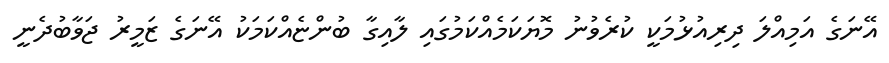
އޭނަގެ އަމިއްލަ ދިރިއުޅުމަކީ ކުރެވުނު މޮޔަކަމެއްކަމުގައި ލާއިގާ ބުންޏެއްކަމަކު އޭނަގެ ޒަމީރު ޖަވާބުދެނީ